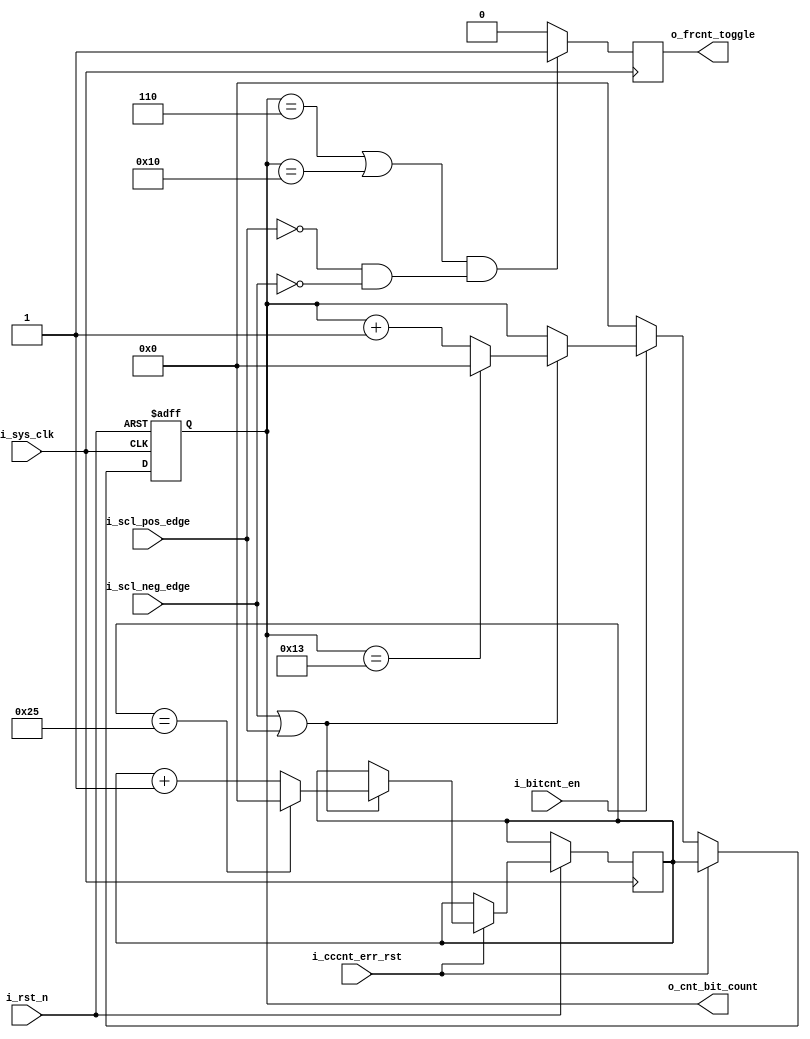


module bits_counter(
    input  wire       i_sys_clk              ,
    input  wire       i_rst_n                ,
    input  wire       i_bitcnt_en            ,  
    input  wire       i_scl_pos_edge         ,  
    input  wire       i_scl_neg_edge         , 
    input  wire       i_cccnt_err_rst        , 
    output reg        o_frcnt_toggle         ,
    output reg  [5:0] o_cnt_bit_count = 6'd0
    );

reg [5:0] err_count = 6'd0 ;
////////////////////////////////////// there is 2 versions of the bits counter uncomment only one of them ////////////////////////////////////////


// sequential version the counter is incremented in the middle of the SCL period 

always @(posedge i_sys_clk or negedge i_rst_n) begin 
    if(~i_rst_n) begin
        o_cnt_bit_count <= 0 ;
    end 
    else begin 
        if (i_cccnt_err_rst) begin 
            if (i_scl_neg_edge || i_scl_pos_edge) begin 
                if (err_count == 6'd37) begin 
                    err_count <= 6'd0 ;                     // from 0 to 37 it won't reach 38 
                end
                else begin 
                    err_count <= err_count + 1 ; 
                end  
            end
        o_cnt_bit_count <= err_count ;
        
        end 

        else if (i_bitcnt_en) begin 
            if (i_scl_neg_edge || i_scl_pos_edge) begin 
                if (o_cnt_bit_count == 6'd19) begin 
                    o_cnt_bit_count <= 6'd0 ;                     // from 0 to 19 it won't reach 20 
                end
                else begin 
                    o_cnt_bit_count <= o_cnt_bit_count + 1 ; 
                end  
            end 
        end 
        else begin 
            o_cnt_bit_count <= 6'd0 ;
        end 
    end
end

always @(negedge i_sys_clk) begin 
    if ((o_cnt_bit_count == 'd6 || o_cnt_bit_count == 'd16) && (!i_scl_pos_edge && !i_scl_neg_edge)) begin
        o_frcnt_toggle = 1'b1 ;
    end
    else begin 
        o_frcnt_toggle = 1'b0 ;
    end 
end

endmodule